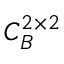
C _ { B } ^ { 2 \times 2 }